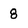
Character: 8